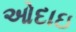
ઓદાઇ